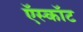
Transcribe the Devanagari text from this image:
ऍस्कॉट